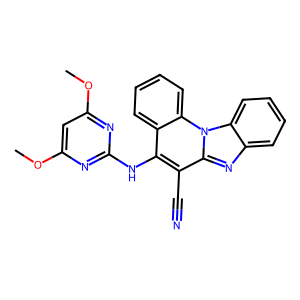
SMILES: COc1cc(OC)nc(Nc2c(C#N)c3nc4ccccc4n3c3ccccc23)n1
Inhibits HIV replication: No